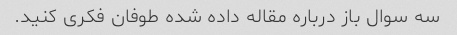
سه سوال باز درباره مقاله داده شده طوفان فکری کنید.